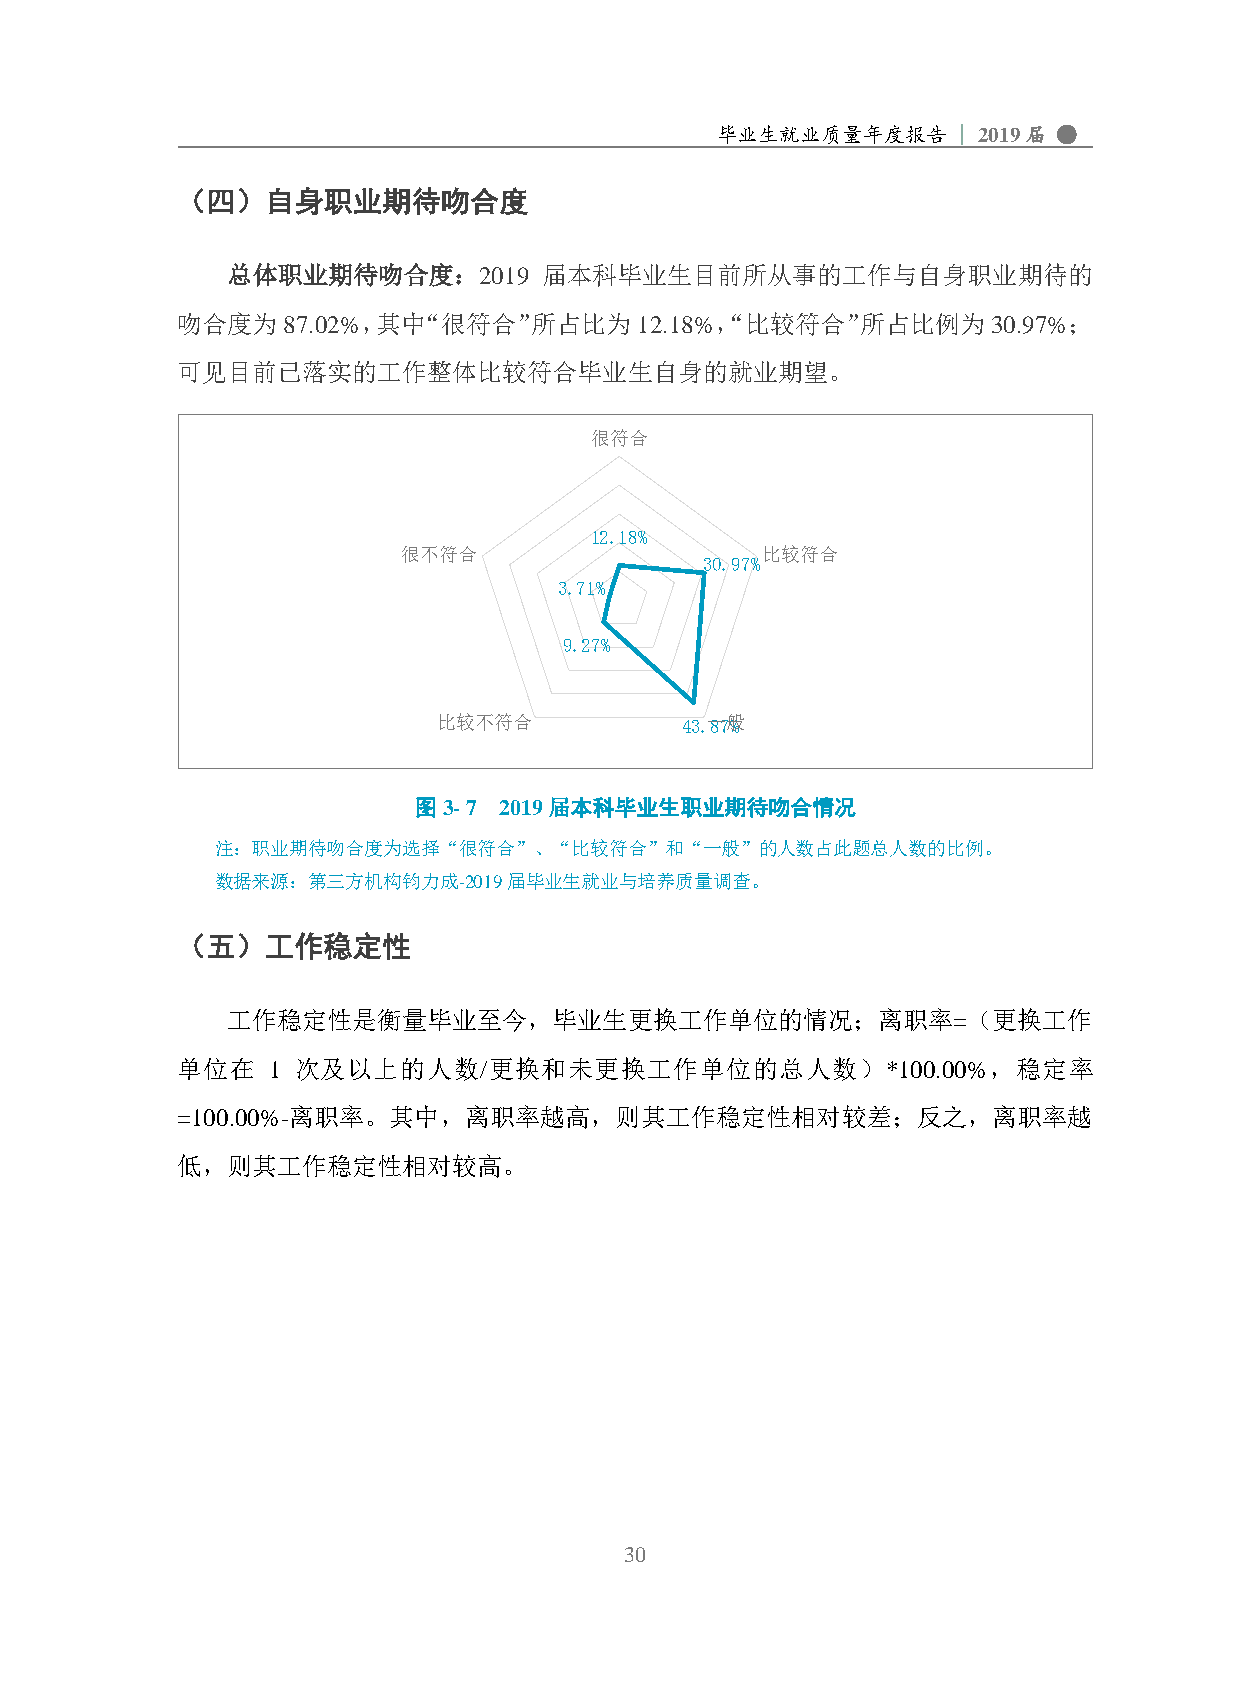
毕业生就业质量年度报告     | 2019届 ●
 （四）自身职业期待吻合度
 总体职业期待吻合度：2019       届本科毕业生目前所从事的工作与自身职业期待的
 吻合度为87.02%，其中“很符合”所占比为12.18%，“比较符合”所占比例为30.97%；
 可见目前已落实的工作整体比较符合毕业生自身的就业期望。
 很符合
 12.18%
 很不符合                   比较符合
 30.97%
 3.71%
 9.27%
 比较不符合           43.一87般%
 图3- 7 2019届本科毕业生职业期待吻合情况
 注：职业期待吻合度为选择“很符合”、“比较符合”和“一般”的人数占此题总人数的比例。
 数据来源：第三方机构钧力成-2019届毕业生就业与培养质量调查。
 （五）工作稳定性
 工作稳定性是衡量毕业至今，毕业生更换工作单位的情况；离职率=（更换工作
 单位在   1 次及以上的人数/更换和未更换工作单位的总人数）*100.00%，稳定率
 =100.00%-离职率。其中，离职率越高，则其工作稳定性相对较差；反之，离职率越
 低，则其工作稳定性相对较高。
 30